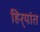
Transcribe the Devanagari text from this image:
हिर्‍यांत